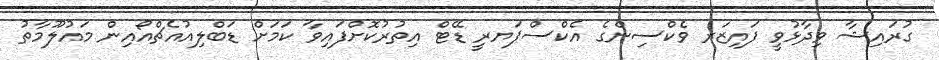
ގުރައިޝާ ވިދާޅުވީ ފައިޒަރ ވެކްސިންގެ އެކްސްޕަޔރީ ޑޭޓް އިތުރުކޮށްފައިވާ ކަމަށް ޑަބްލިއުއެޗްއޯއިން މައުލޫމާތު